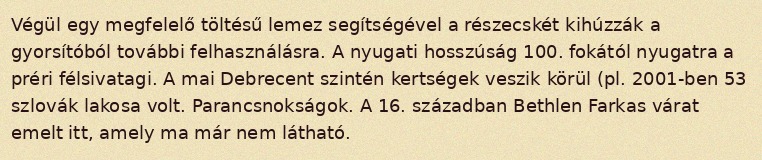
Végül egy megfelelő töltésű lemez segítségével a részecskét kihúzzák a gyorsítóból további felhasználásra. A nyugati hosszúság 100. fokától nyugatra a préri félsivatagi. A mai Debrecent szintén kertségek veszik körül (pl. 2001-ben 53 szlovák lakosa volt. Parancsnokságok. A 16. században Bethlen Farkas várat emelt itt, amely ma már nem látható.